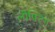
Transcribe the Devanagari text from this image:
लोफ्टिंग